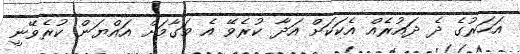
އަހަރުގެ ދެ ދައުރެއް އެކަކަށް އަދާ ކުރެވޭ އެ މަގާމަށް އައްޔަން ކުރެވޭނީ